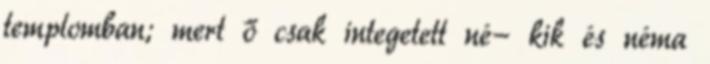
templomban; mert ő csak integetett né− kik és néma